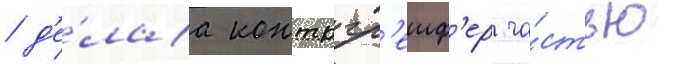
/ д'е́лаа контргр'еиф'ер ча́стью